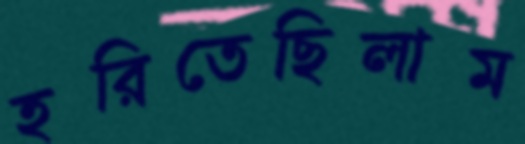
হরিতেছিলাম